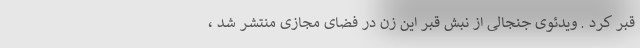
قبر کرد . ویدئوی جنجالی از نبش قبر این زن در فضای مجازی منتشر شد ،